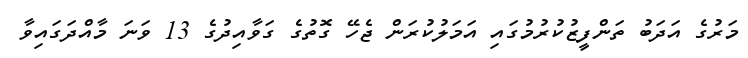
މަރުގެ އަދަބު ތަންފީޒުކުރުމުގައި އަމަލުކުރަން ޖެހޭ ގޮތުގެ ގަވާއިދުގެ 13 ވަނަ މާއްދަގައިވާ